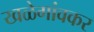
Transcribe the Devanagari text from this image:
खळेगांवकर